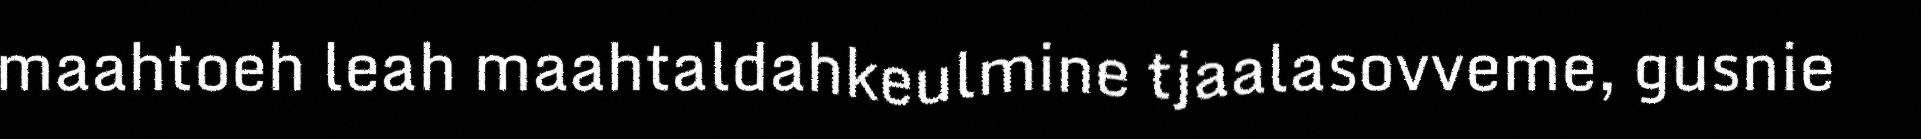
maahtoeh leah maahtaldahkeulmine tjaalasovveme, gusnie